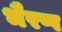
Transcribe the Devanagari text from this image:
भैरप्प